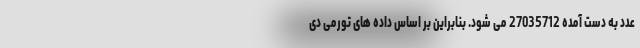
عدد به دست آمده 27035712 می شود. بنابراین بر اساس داده های تورمی دی